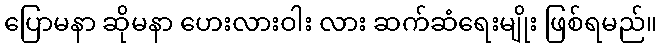
ပြောမနာ ဆိုမနာ ဟေးလားဝါး လား ဆက်ဆံရေးမျိုး ဖြစ်ရမည်။